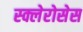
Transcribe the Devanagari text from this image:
स्क्लेरोसेस